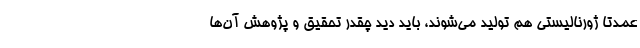
عمدتا ژورنالیستی هم تولید می‌شوند، باید دید چقدر تحقیق و پژوهش آن‌ها